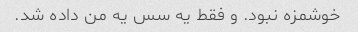
خوشمزه نبود. و فقط یه سس یه من داده شد.